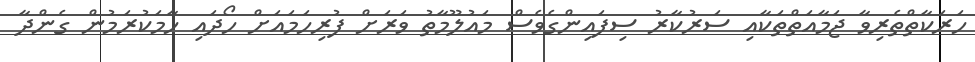
ހަރަކާތްތެރިވާ ޖަމާއަތްތަކާއި ސަރުކާރު ސިފައިންގެވެސް މައުލޫމާތު ވަރަށް ފުރިހަމައަށް ހޯދައި ހާމަކުރަމުން ގެންދާ